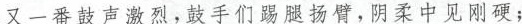
又一番鼓声激烈，鼓手们踢腿扬臂，阴柔中见刚硬；